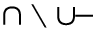
\cap \setminus \cup \! { \mathrm { - } }